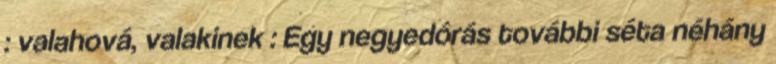
: valahová, valakinek : Egy negyedórás további séta néhány